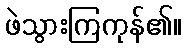
ဖဲသွားကြကုန်၏။